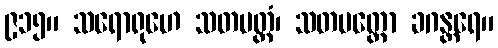
၉၁၅။ သရောရုဟေ သတပတ္တံ၊ သတပတ္တော ခဂန္တရေ။